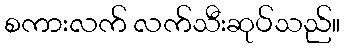
စကားလက် လက်သီးဆုပ်သည်။